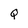
Character: Q